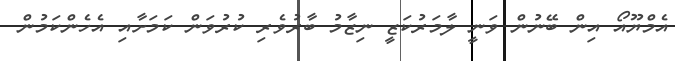
އެމްޔޫއޯ އިން ބޭނުން ވަނީ ލާމަރުކަޒީ ނިޒާމު ބާރުވެރި ކުރުވަން ކަމަށާއި އެހެންކަމުން